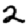
Digit: 2